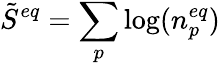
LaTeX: {\tilde{S}}^{eq}=\sum_{p}\log(n_{p}^{eq})